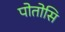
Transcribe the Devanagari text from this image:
पोतोसि